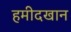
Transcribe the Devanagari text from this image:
हमीदखान